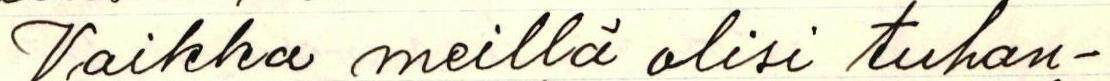
Vaikka meillä olisi tuhan-